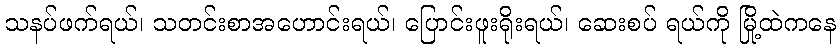
သနပ်ဖက်ရယ်၊ သတင်းစာအဟောင်းရယ်၊ ပြောင်းဖူးရိုးရယ်၊ ဆေးစပ် ရယ်ကို မြို့ထဲကနေ